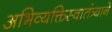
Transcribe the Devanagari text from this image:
अभिव्यक्तिस्वातंत्र्याने